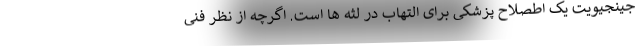
جینجیویت یک اطصلاح پزشکی برای التهاب در لثه ها است. اگرچه از نظر فنی